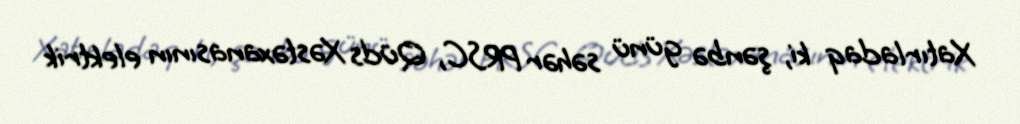
Xatırladaq ki, şənbə günü səhər PRSC, Qüds Xəstəxanasının elektrik